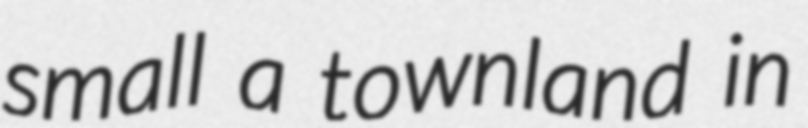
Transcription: small a townland in